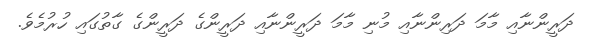
ދަރީންނާއި މާމަ ދަރިންނާއި މުނި މާމަ ދަރީންނާއި ދަރީންގެ ދަރީންގެ ގާތުގައި ހުރުމެވެ.